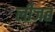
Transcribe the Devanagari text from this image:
लीजत